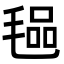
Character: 𭯞